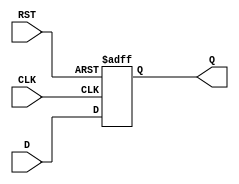
module StoreRegister #(
    parameter WIDTH = 8 // Define the width of the register
) (
    input  wire [WIDTH-1:0] D,    // Data Input
    input  wire CLK,                // Clock Input
    input  wire RST,                // Asynchronous Reset
    output reg  [WIDTH-1:0] Q       // Data Output
);

// Asynchronous Reset
always @ (posedge CLK or posedge RST) begin
    if (RST) begin
        Q <= {WIDTH{1'b0}}; // Reset output to zero
    end else begin
        Q <= D; // Capture data on clock rising edge
    end
end

endmodule